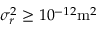
\sigma _ { r } ^ { 2 } \geq 1 0 ^ { - 1 2 } \mathrm { m } ^ { 2 }